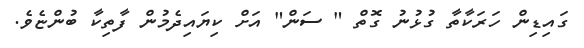
ގައިޑިން ހަރަކާތާ ގުޅުނު ގޮތް " ސަން" އަށް ކިޔައިދެމުން ފާތިކާ ބުންޏެވެ.